Mental hospitals Bombay report 1929-33 - 1929-1933
Year: 1929
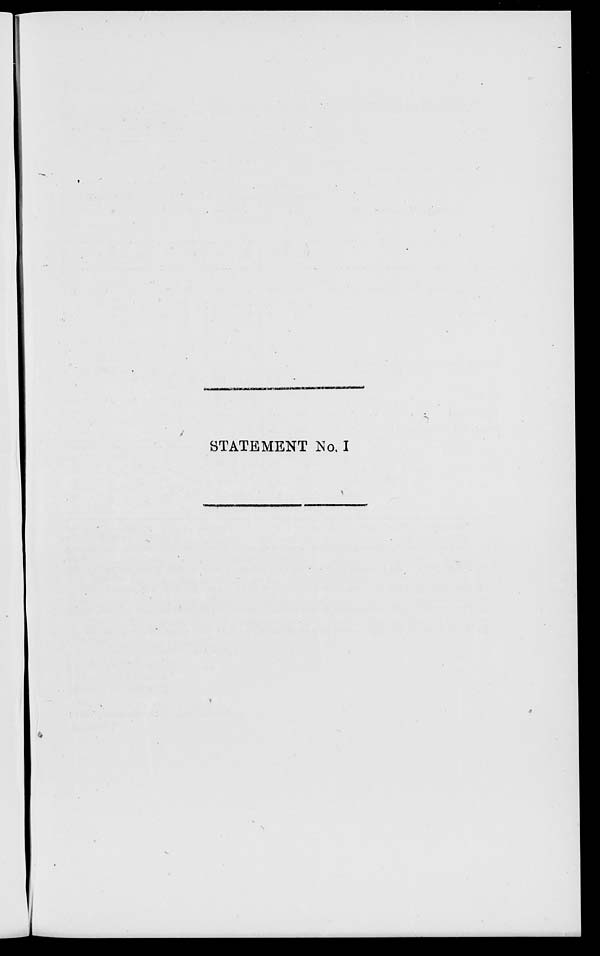
STATEMENT No. I